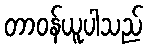
တာဝန်ယူပါသည်